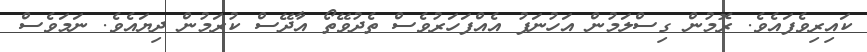
ކައިރިވެފައެވެ. ރޮމުން ގިސްލަމުން އަހުނަފު އެއްފަހަރުވެސް ތެދުވޭތޯ އާދޭސް ކުރަމުން ދިޔައެވެ. ނަމަވެސް